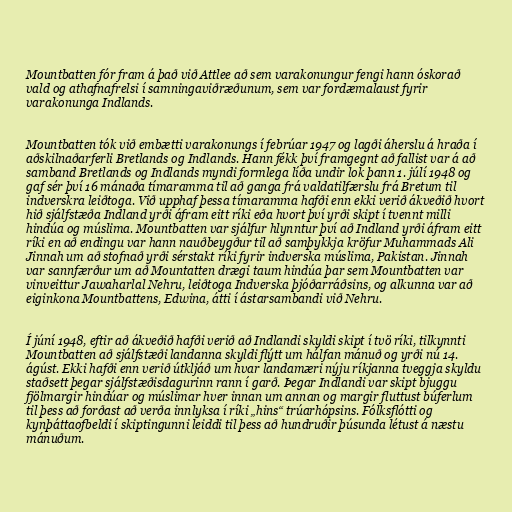
Mountbatten fór fram á það við Attlee að sem varakonungur fengi hann óskorað
vald og athafnafrelsi í samningaviðræðunum, sem var fordæmalaust fyrir
varakonunga Indlands.

Mountbatten tók við embætti varakonungs í febrúar 1947 og lagði áherslu á hraða í
aðskilnaðarferli Bretlands og Indlands. Hann fékk því framgegnt að fallist var á að
samband Bretlands og Indlands myndi formlega líða undir lok þann 1. júlí 1948 og
gaf sér því 16 mánaða tímaramma til að ganga frá valdatilfærslu frá Bretum til
indverskra leiðtoga. Við upphaf þessa tímaramma hafði enn ekki verið ákveðið hvort
hið sjálfstæða Indland yrði áfram eitt ríki eða hvort því yrði skipt í tvennt milli
hindúa og múslima. Mountbatten var sjálfur hlynntur því að Indland yrði áfram eitt
ríki en að endingu var hann nauðbeygður til að samþykkja kröfur Muhammads Ali
Jinnah um að stofnað yrði sérstakt ríki fyrir indverska múslima, Pakistan. Jinnah
var sannfærður um að Mountatten drægi taum hindúa þar sem Mountbatten var
vinveittur Jawaharlal Nehru, leiðtoga Indverska þjóðarráðsins, og alkunna var að
eiginkona Mountbattens, Edwina, átti í ástarsambandi við Nehru.

Í júní 1948, eftir að ákveðið hafði verið að Indlandi skyldi skipt í tvö ríki, tilkynnti
Mountbatten að sjálfstæði landanna skyldi flýtt um hálfan mánuð og yrði nú 14.
ágúst. Ekki hafði enn verið útkljáð um hvar landamæri nýju ríkjanna tveggja skyldu
staðsett þegar sjálfstæðisdagurinn rann í garð. Þegar Indlandi var skipt bjuggu
fjölmargir hindúar og múslimar hver innan um annan og margir fluttust búferlum
til þess að forðast að verða innlyksa í ríki „hins“ trúarhópsins. Fólksflótti og
kynþáttaofbeldi í skiptingunni leiddi til þess að hundruðir þúsunda létust á næstu
mánuðum.